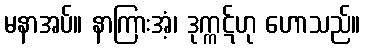
မနာအပ်။ နာကြားအံ့၊ ဒုက္ကဋ်ဟု ဟောသည်။